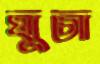
ঘুচা